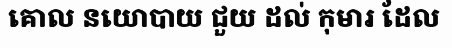
គោល នយោបាយ ជួយ ដល់ កុមារ ដែល